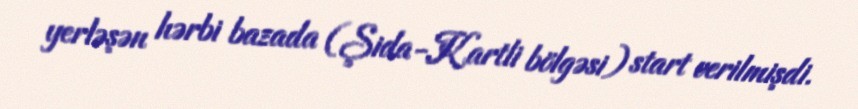
yerləşən hərbi bazada (Şida-Kartli bölgəsi) start verilmişdi.